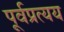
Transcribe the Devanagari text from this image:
पूर्वप्रत्यय